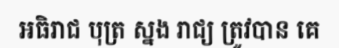
អធិរាជ បុត្រ ស្នង រាជ្យ ត្រូវបាន គេ